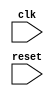
module usb_controller (
    input wire clk,
    input wire reset,
    // Other input and output ports

    // Timing control and synchronization blocks
    // Add your Verilog code for timing control and synchronization here


);

// Verilog code for the timing control and synchronization blocks

endmodule